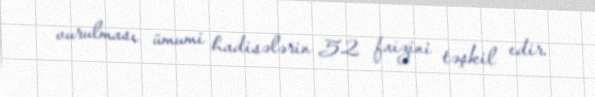
vurulması ümumi hadisələrin 52 faizini təşkil edir.